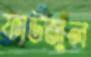
ফাউজুল